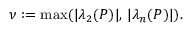
\nu : = \operatorname* { m a x } ( | \lambda _ { 2 } ( P ) | , \, | \lambda _ { n } ( P ) | ) .